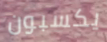
يكسبون